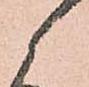
候